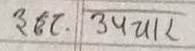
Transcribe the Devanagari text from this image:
३६८. उपचार